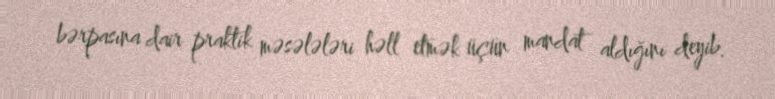
bərpasına dair praktik məsələləri həll etmək üçün mandat aldığını deyib.